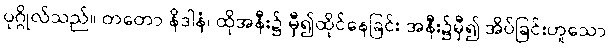
ပုဂ္ဂိုလ်သည်။ တတော နိဒါနံ၊ ထိုအနီး၌ မှီ၍ထိုင်နေခြင်း အနီး၌မှီ၍ အိပ်ခြင်းဟူသော